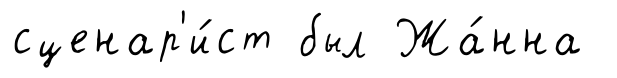
сценар'и́ст был Жа́нна